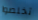
تخلصوا